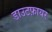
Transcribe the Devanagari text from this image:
डाउटफ़ायर